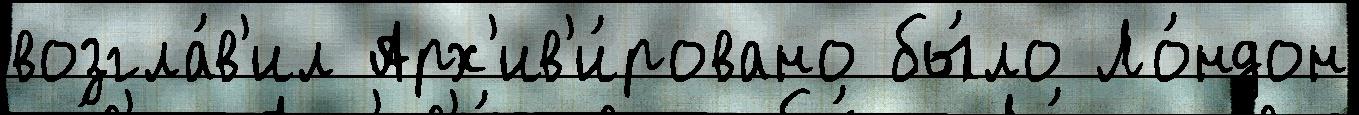
возгла́в'ил Арх'ив'и́ровано бы́ло Ло́ндон